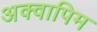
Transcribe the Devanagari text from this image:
अक्वापिम